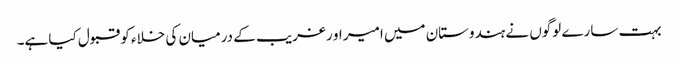
بہت سارے لوگوں نے ہندوستان میں امیر او رغریب کے درمیان کی خلاء کو قبول کیا ہے۔